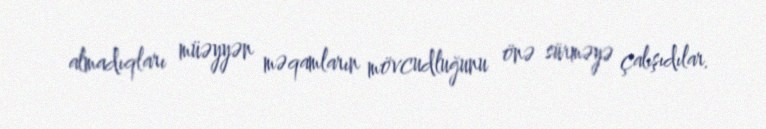
almadıqları müəyyən məqamların mövcudluğunu önə sürməyə çalışıdılar.